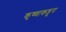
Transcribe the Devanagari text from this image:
कृष्णाकडून